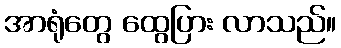
အာရုံတွေ ထွေပြား လာသည်။